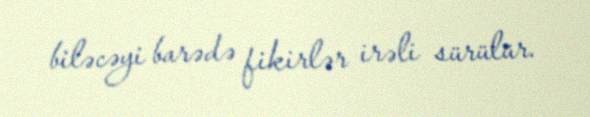
biləcəyi barədə fikirlər irəli sürülür.